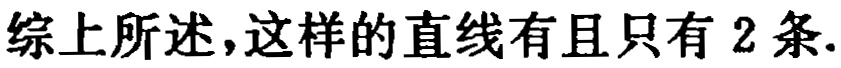
综上所述，这样的直线有且只有 \(2\) 条.